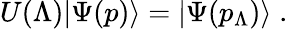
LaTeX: U(\Lambda)|\Psi(p)\rangle=|\Psi(p_{\Lambda})\rangle\; .